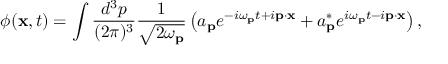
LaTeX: \phi ( \mathbf { x } , t ) = \int { \frac { d ^ { 3 } p } { ( 2 \pi ) ^ { 3 } } } { \frac { 1 } { \sqrt { 2 \omega _ { \mathbf { p } } } } } \left( a _ { \mathbf { p } } e ^ { - i \omega _ { \mathbf { p } } t + i \mathbf { p } \cdot \mathbf { x } } + a _ { \mathbf { p } } ^ { * } e ^ { i \omega _ { \mathbf { p } } t - i \mathbf { p } \cdot \mathbf { x } } \right) ,